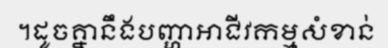
។ដូចគ្នានឹងបញ្ហាអាជីវកម្មសំខាន់